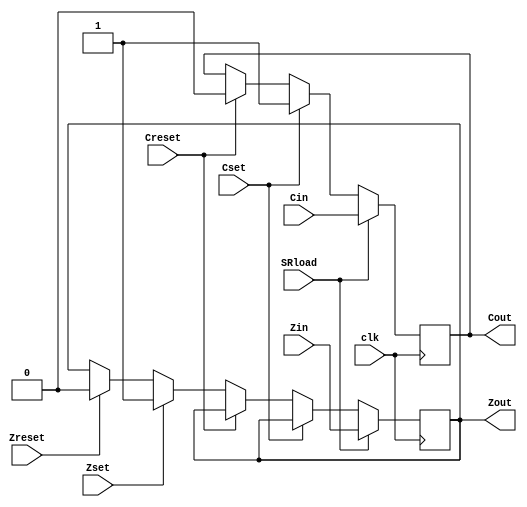
//----------------------------------------------------------------------
//--SAYEH (Simple Architecture Yet Enough Hardware) CPU
//----------------------------------------------------------------------
//Status Register

`timescale 1 ns /1 ns

module StatusRegister (Cin, Zin, SRload, clk, Cset, Creset, Zset, Zreset, Cout, Zout);
input Cin, Zin, Cset, Creset, Zset, Zreset;
input SRload, clk;
output Cout, Zout;
reg Cout, Zout;

	always @(posedge clk) 
		if (SRload == 1) begin
			Cout = Cin;
			Zout = Zin;
		end else if (Cset)
			Cout = 1;
		else if (Creset)
			Cout = 0;
		else if (Zset)
			Zout = 1;
		else if (Zreset)
			Zout = 0;

endmodule